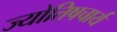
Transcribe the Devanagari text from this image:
ज्योतिषचार्य